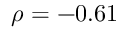
\rho = - 0 . 6 1